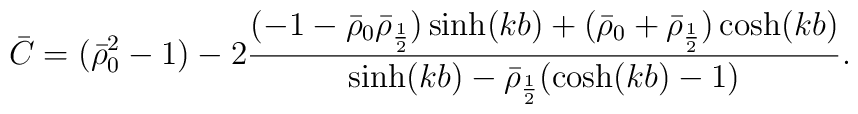
\bar C = (\bar\rho_0^2-1) - 2\frac{(-1-\bar\rho_0\bar\rho_{\frac12})\sinh(kb)+(\bar\rho_0+\bar\rho_{\frac12})\cosh(kb)}{\sinh(kb)-\bar\rho_{\frac12}(\cosh(kb)-1)}.